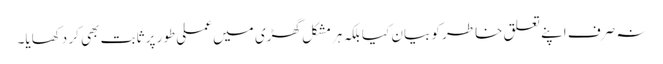
نہ صرف اپنے تعلق خاطر کو بیان کیا بلکہ ہرمشکل گھڑی میں عملی طور پر ثابت بھی کر دکھایا۔